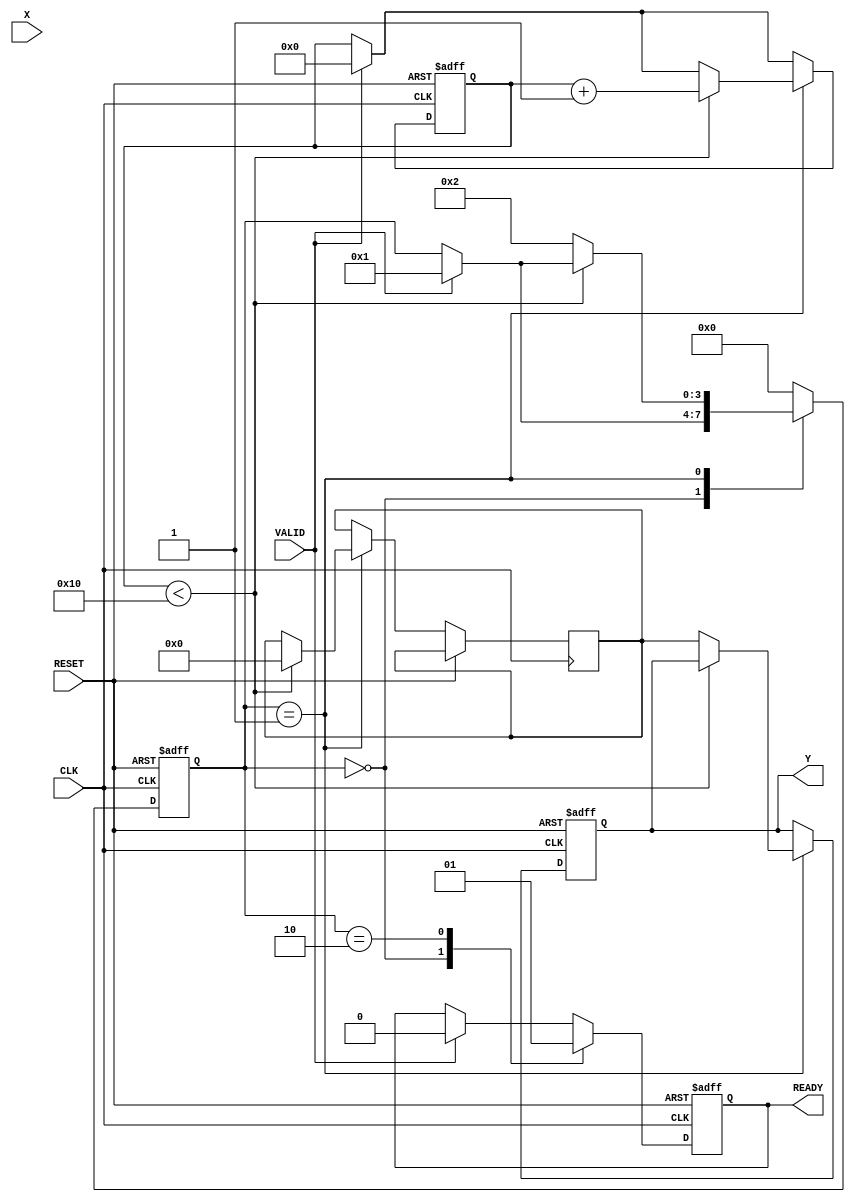
module DirectReciprocalUnit (
    input wire [15:0] X,      // Input Data (fixed-point representation)
    input wire VALID,         // Valid signal
    input wire CLK,           // Clock signal
    input wire RESET,         // Asynchronous reset
    output reg [15:0] Y,      // Output Data (reciprocal of X)
    output reg READY          // Ready signal
);

    reg [15:0] input_reg;     // Register to hold input data
    reg [3:0] state;          // State variable for FSM
    reg [15:0] reciprocal;     // Intermediate reciprocal value
    reg [4:0] iteration;      // Iteration counter for the computation

    // State encoding
    localparam IDLE = 4'b0000,
               COMPUTE = 4'b0001,
               DONE = 4'b0010;

    // Asynchronous reset and input capture
    always @(posedge CLK or posedge RESET) begin
        if (RESET) begin
            input_reg <= 16'b0;
            Y <= 16'b0;
            READY <= 1'b0;
            state <= IDLE;
            iteration <= 5'b0;
        end else begin
            if (VALID) begin
                input_reg <= X; // Capture input data
                state <= COMPUTE; // Move to compute state
                READY <= 1'b0; // Reset READY signal
                iteration <= 5'b0; // Reset iteration counter
            end
            
            case (state)
                IDLE: begin
                    // Remain in IDLE state
                    READY <= 1'b0;
                end
                
                COMPUTE: begin
                    // Simple iterative method for reciprocal calculation
                    if (iteration < 5'd16) begin // Limit iterations for convergence
                        reciprocal <= reciprocal - (reciprocal * input_reg) >> 16; // Newton-Raphson step
                        iteration <= iteration + 1;
                    end else begin
                        Y <= reciprocal; // Store the computed reciprocal
                        state <= DONE; // Move to DONE state
                    end
                end
                
                DONE: begin
                    READY <= 1'b1; // Assert READY signal
                    state <= IDLE; // Go back to IDLE state
                end
                
                default: state <= IDLE; // Default to IDLE
            endcase
        end
    end

    // Initial conditions
    initial begin
        Y = 16'b0;
        READY = 1'b0;
        state = IDLE;
        reciprocal = 16'b0;
    end

endmodule